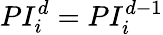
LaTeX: PI_{i}^{d}=PI_{i}^{d-1}